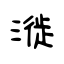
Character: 漇